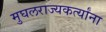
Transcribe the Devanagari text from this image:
मुघलराज्यकर्त्यांना